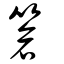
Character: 篬